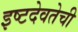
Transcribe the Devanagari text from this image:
इष्टदेवतेची